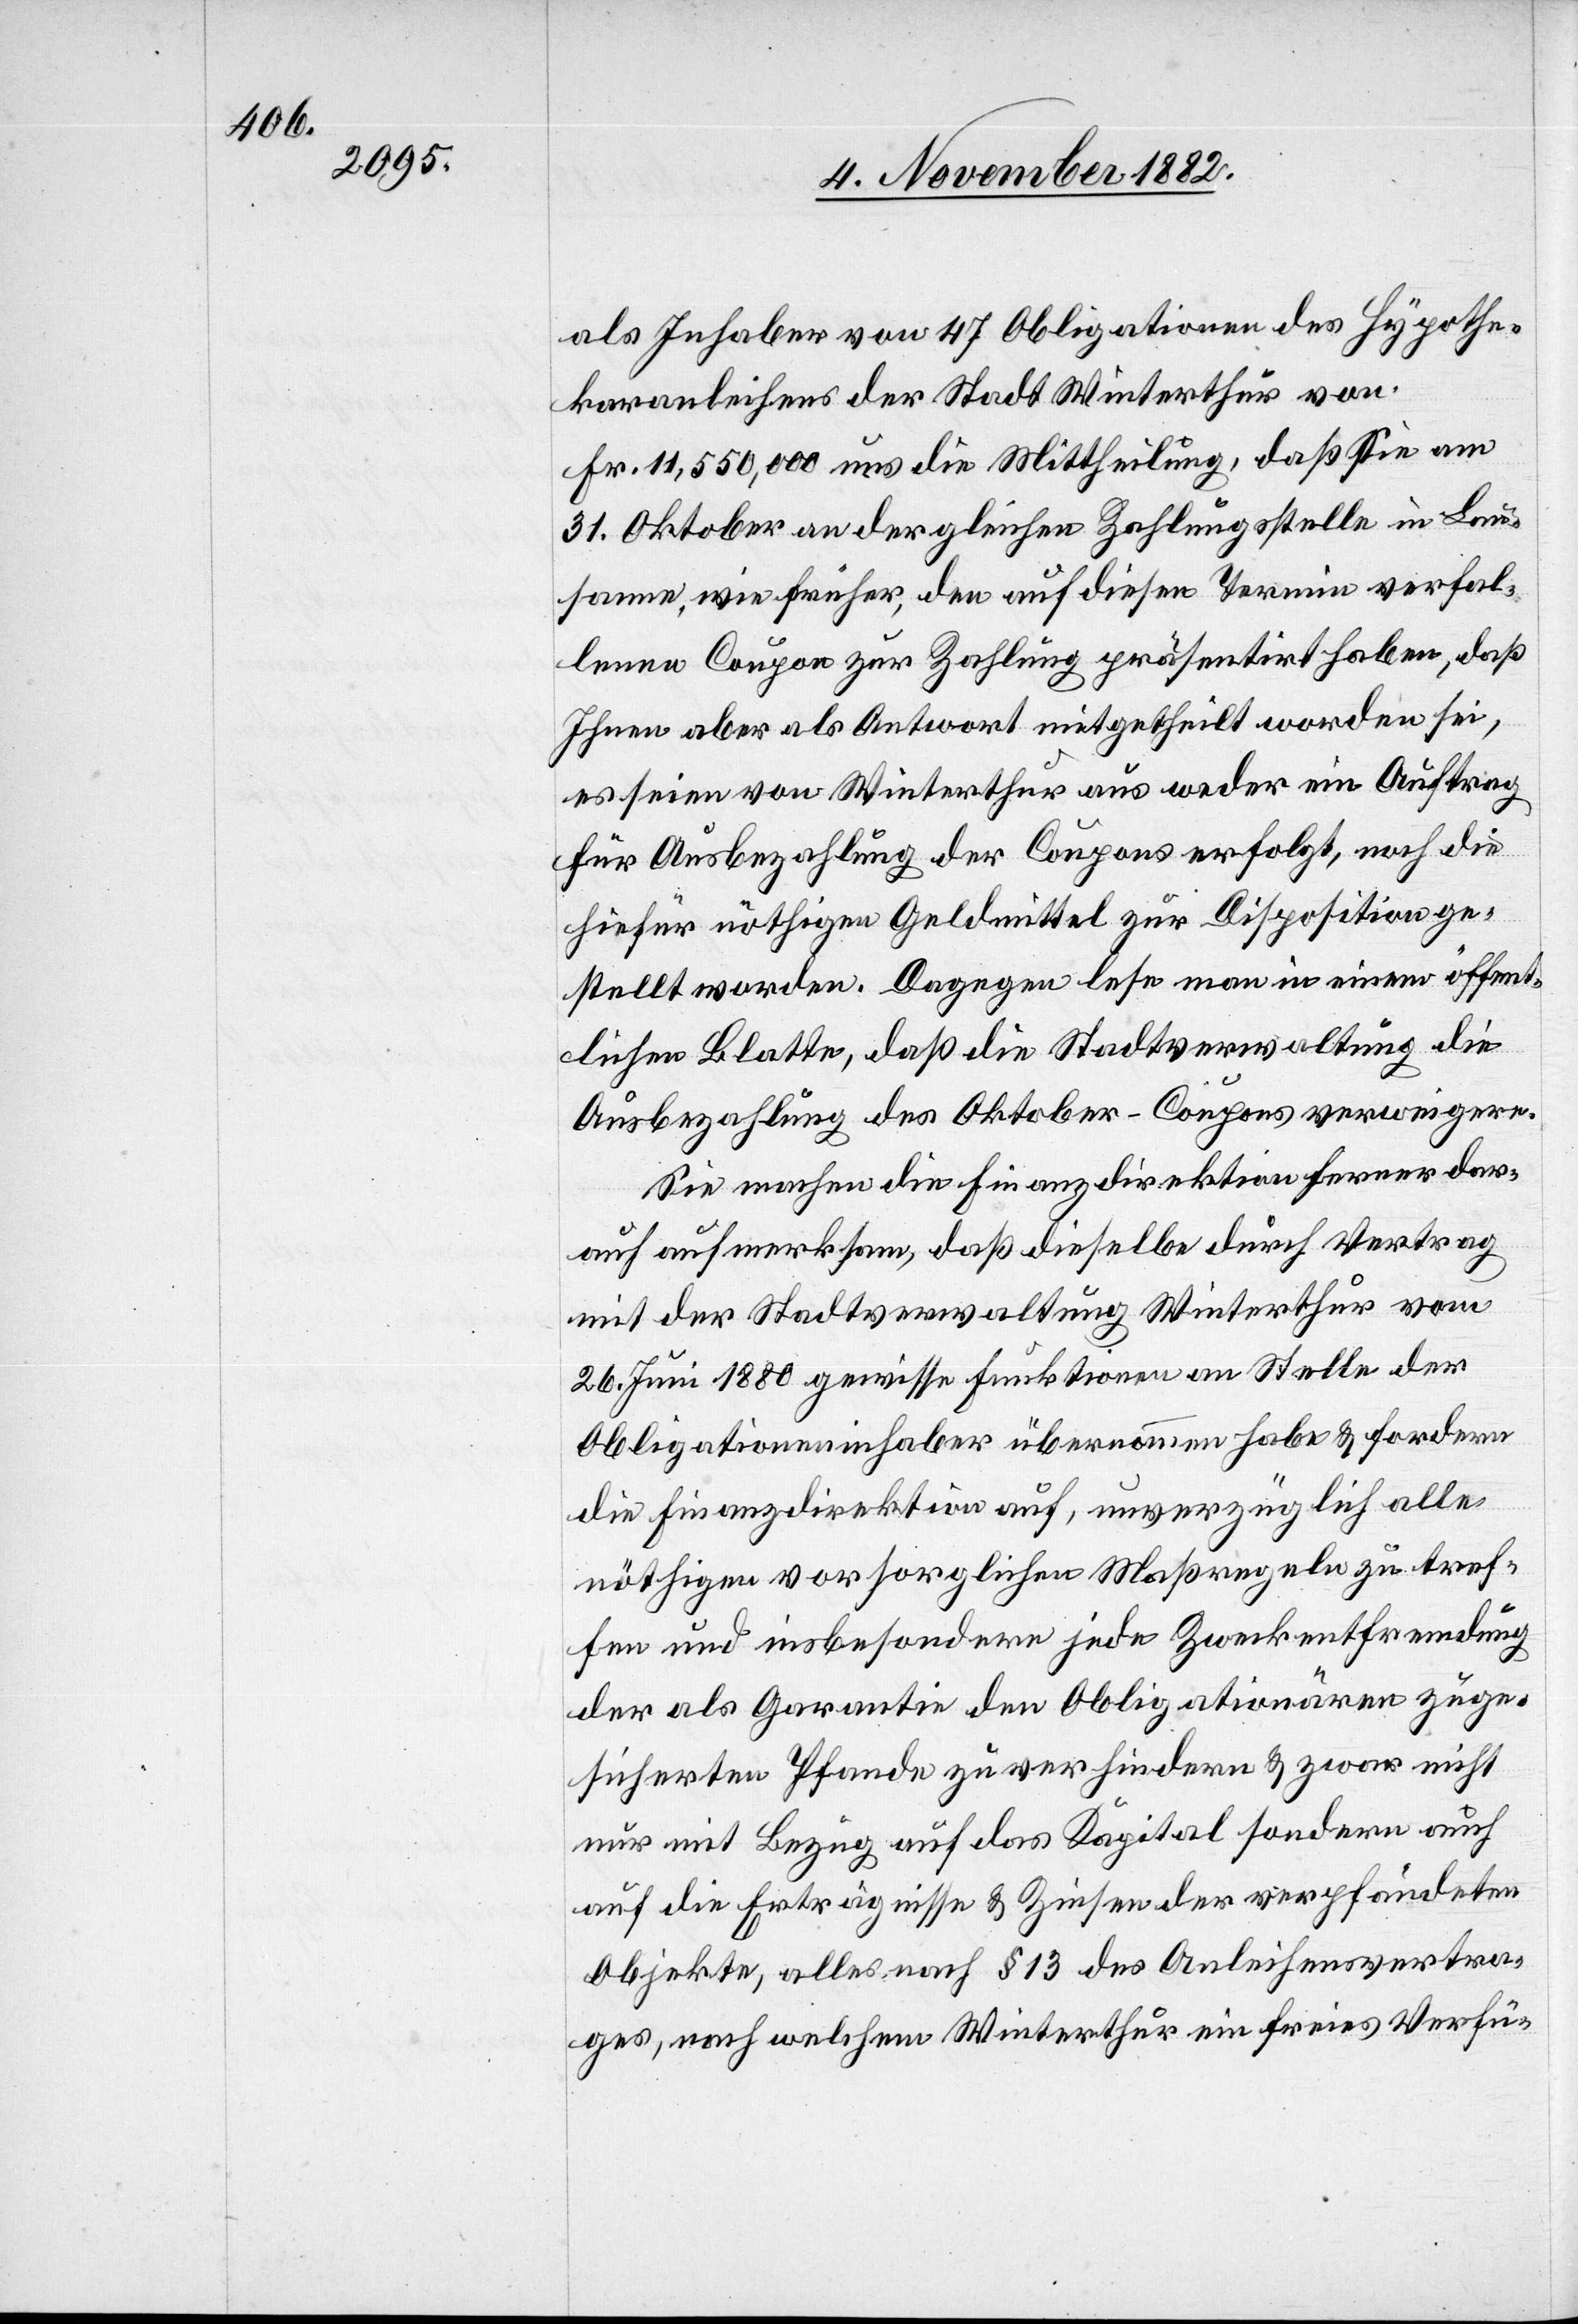
als Inhaber von 47 Obligationen des Hypothe¬
karanleihens der Stadt Winterthur von
Fr. 11,550,000 uns die Mittheilung, daß Sie am
31. Oktober an der gleichen Zahlungsstelle in Lau¬
sanne, wie früher, den auf diesen Termin verfal¬
lenen Coupon zur Zahlung präsentirt haben, daß
Ihnen aber als Antwort mitgetheilt worden sei,
es seien von Winterthur aus weder ein Auftrag
für Ausbezahlung der Coupons erfolgt, noch die
hiefür nöthigen Geldmittel zur Disposition ge¬
stellt worden. Dagegen lese man in einem öffent¬
lichen Blatte, daß die Stadtverwaltung die
Ausbezahlung des Oktober-Coupons verweigere.
Sie machen die Finanzdirektion ferner dar¬
auf aufmerksam, daß dieselbe durch Vertag
mit der Stadtverwaltung Winterthur vom
26. Juni 1880 gewisse Funktionen an Stelle der
Obligationeninhaber übernommen habe & fordere
die Finanzdirektion auf, unverzüglich alle
nöthigen vorsorglichen Maßregeln zu tref¬
fen und insbesondere jede Zweckentfremdung
der als Garantie den Obligationären zuge¬
sicherten Pfande zu verhindern & zwar nicht
nur mit Bezug auf das Kapital sondern auch
auf die Erträgnisse & Zinsen der verpfändeten
Objekte, alles nach § 13 des Anleihensvertra¬
ges, nach welchem Winterthur ein freies Verfü-